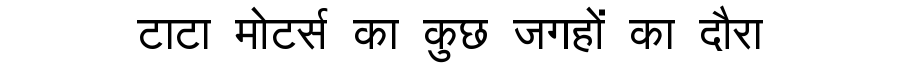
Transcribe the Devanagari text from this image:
टाटा मोटर्स का कुछ जगहों का दौरा